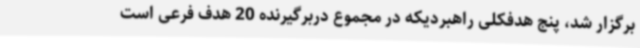
برگزار شد، پنج هدفکلی راهبردیکه در مجموع دربرگیرنده 20 هدف فرعی است